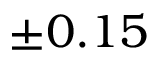
\pm 0 . 1 5